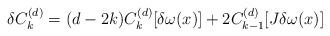
LaTeX: \begin{align*}\delta C^{(d)}_{k}=(d-2k)C^{(d)}_{k}[\delta \omega (x)]+2C^{(d)}_{k-1}[J \delta \omega (x)]\end{align*}